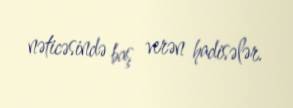
nəticəsində baş verən hadisələr.